Leningradi_Edasi_toimetus, lk 68
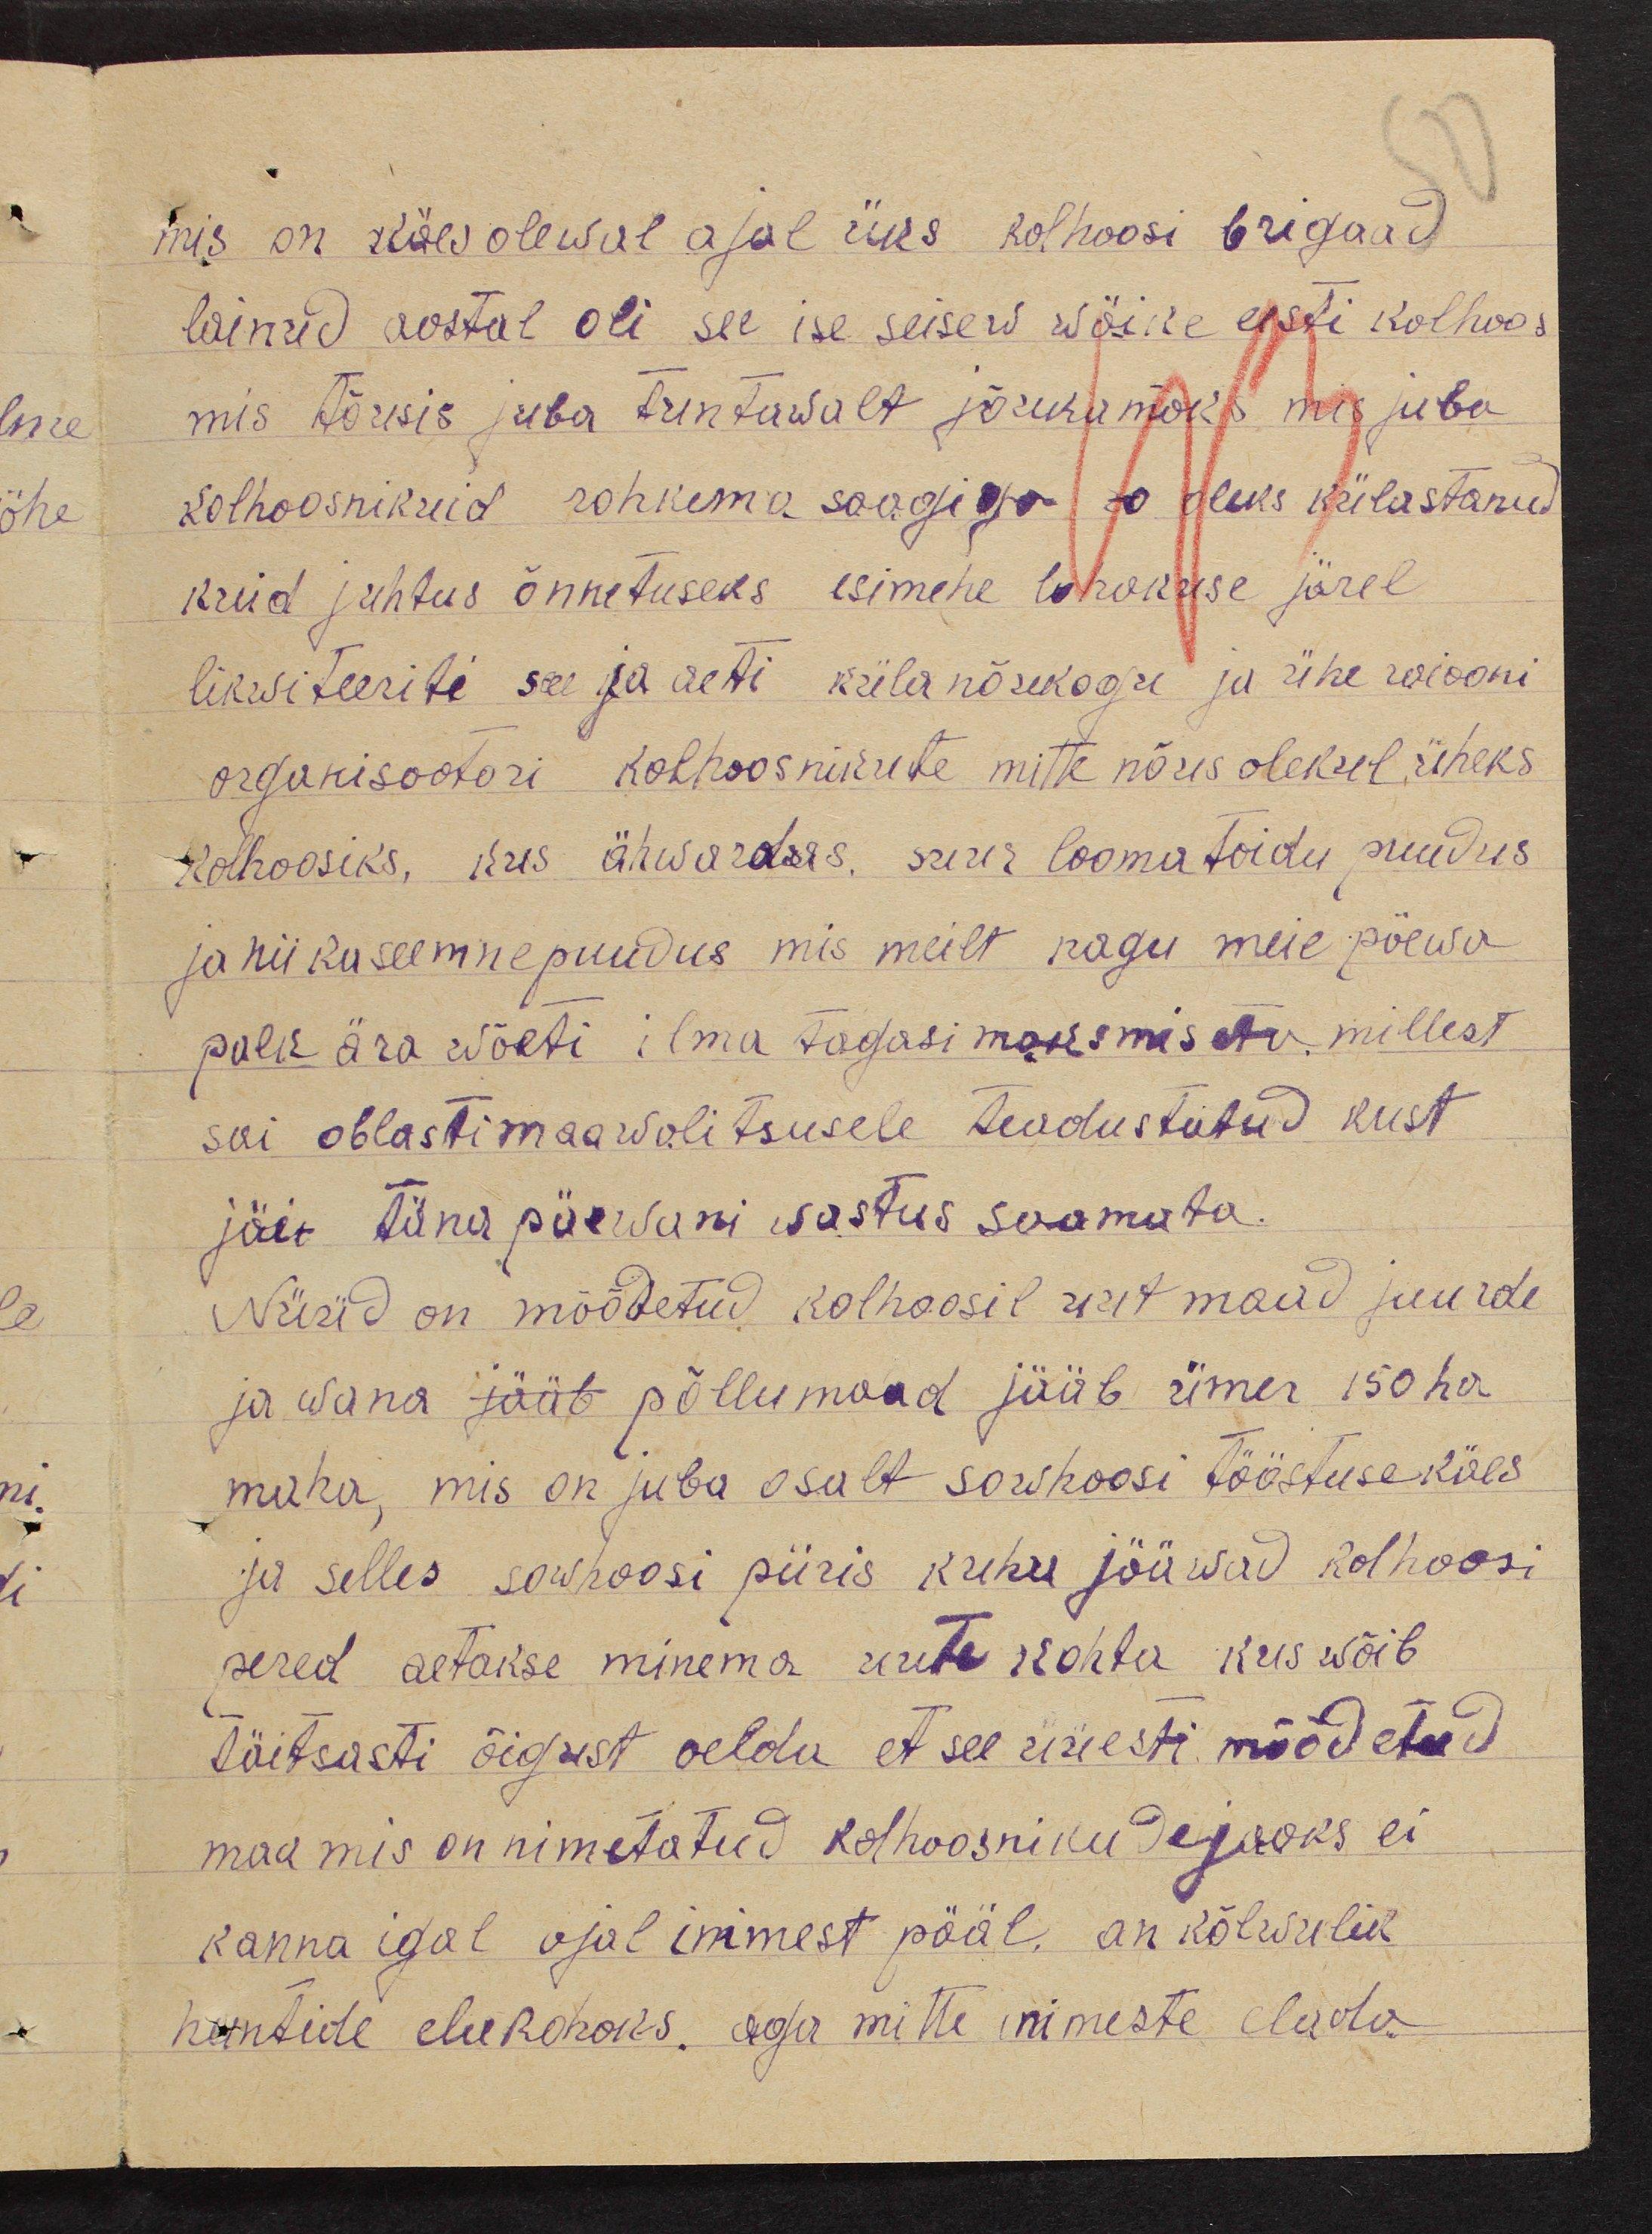
mis on käesolewal ajal üks kolhoosi brigaad
läinud aastal oli see ise seisew wäike eesti kolhoos
mis tõusis juba tuntawalt jõukumaks mis juba
kolhoosnikuid rohkema saagiga so oleks külastanud
kuid juhtus õnnetuseks esimehe lohakuse järel
likwiteeriti see ja aeti külanõukogu ja ühe raiooni
organisaatori kolhoosnikute mitte nõus olekul üheks
kolhoosiks, kus ähwardas suur loomatoidu puudus
ja nii ka seemne puudus mis meilt nagu meie põewa
palk ära wõeti ilma tagasi maksmiseta millest
sai oblasti maawalitsusele teadustatud kust
jäit täna päewani wastus saamata.
Nüüd on mõõdetud kolhoosil uut maad juurde
ja wana jääb põllumaad jääb ümer 150 ha.
maha, mis on juba osalt sowhoosi tööstuse käes
ja selles sowhoosi piiris kuhu jääwad kolhoosi
pered aetakse minema uute kohta kus wõib
täitsasti õigust oelda et see uuesti möödetud
maa mis on nimetatud kolhoosnikude jaoks ei
kanna igal ajal inimest pääl. on kõlwulik
huntide elukohaks, aga mitte inimeste elada